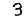
Digit: 3